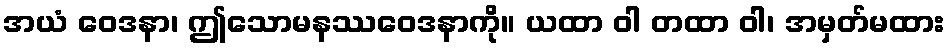
အယံ ဝေဒနာ၊ ဤသောမနဿဝေဒနာကို။ ယထာ ဝါ တထာ ဝါ၊ အမှတ်မထား